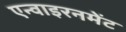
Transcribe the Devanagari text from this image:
एन्वाइरनमेंट